Report of the Bombay Plague Committee
Disease focus: Plague
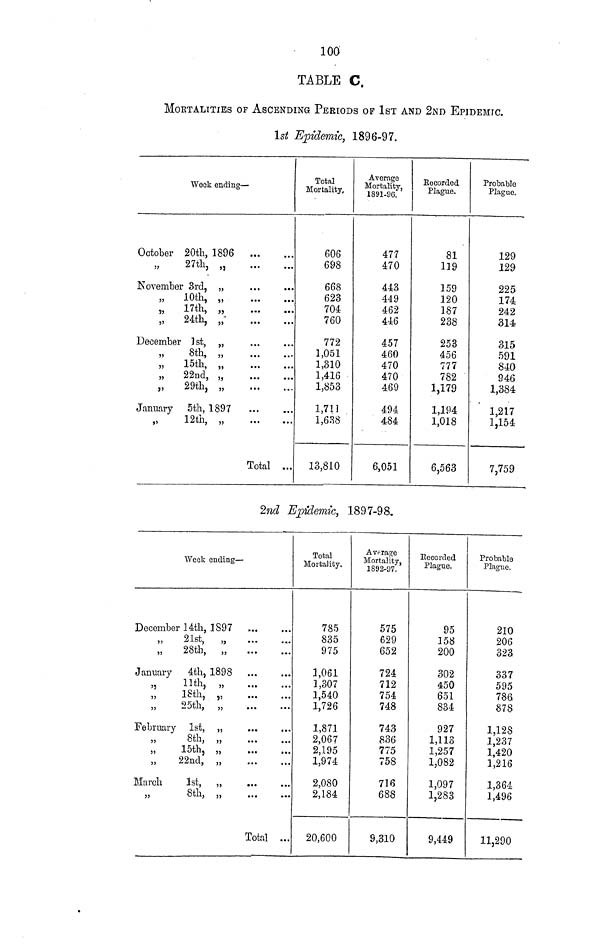
100
TABLE C.
MORTALITIES OF ASCENDING PERIODS OF IST AND 2ND EPIDEMIC.
1st Epidemic, 1896-97.
Week ending —
October
"
November
"
"
"
December
",
")
"
"
January
"
20th, 1896
27th, „
3rd, „
...
...
10th, „
17th, „
24th, „
1st, „
8th, „
15th, „
22nd, „
29th, „
5th, 1897
12th, „
Total ...
Total
Mortality,
606
698
668
623
704
760
772
1,051
1,310
1,416
1,853
1,711
1,638
13,810
Average
Mortality,
1891-96.
477
470
443
449
462
446
457
460
470
470
469
494
484
6,051
Bocorded
Plague.
81
119
159
120
187
238
253
456
777
782
1,179
1,194
1,018
6,563
Probable
Plague.
129
129
225
174
242
314
315
591
840
946
1,384
1,217
1,154
7,759
2nd Epidemic, 1897-98.
Week ending —
December
,,
,,
January
,.
,,
,,
February
,,
,,
,,
March
,,
14th, 1897 ,
21st,
„
28th, „
4th, 1898
11th, „
18th, „
25th, „
1st,
"
8th, „
15th, „
22nd, „
1st, „
8th, „
Total ...
Total
Mortality.
785
835
975
1,061
1,307
1,540
1,726
1,871
2,067
2,195
1,974
2,080
2,184
20,600
Average
Mortality,
1892-97.
575
629
652
724
712
754
748
743
836
775
758
716
688
9,310
Kccorded
Plague.
95
158
200
302
450
651
834
927
1,113
1,257
1,082
1,097
1,283
9,449
Probable
Plague.
210
206
323
337
595
786
878
1,128
1,237
1,420
1,216
1,364
1,496
11,290